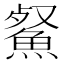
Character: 䱗